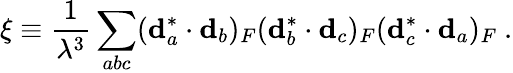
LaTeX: \xi\equiv\frac{1}{\lambda^{3}}\sum_{abc}({\mathbf d}_{a}^{*}\cdot{\mathbf d}_{b})_{F}({\mathbf d}_{b}^{*}\cdot{\mathbf d}_{c})_{F}({\mathbf d}_{c}^{*}\cdot{\mathbf d}_{a})_{F}\ .